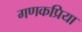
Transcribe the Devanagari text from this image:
गणकप्रिया